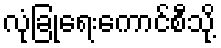
လုံခြုံရေးကောင်စီသို့